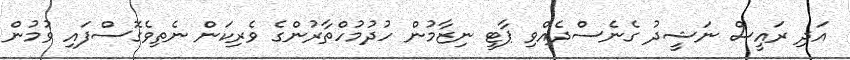
އަދި ރައީސް ނަޝީދު ގެނެސްދެއްވި ޕާޓީ ނިޒާމުން ހުދުމުހްތާރުންގެ ވެރިކަން ނެތިވެގޮސްފައި ވުމުން